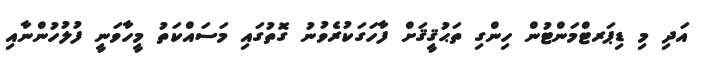
އަދި މި ޑިޕަރޓްމަންޓުން ހިންގި ތަޙުޤީޤަށް ފާހަގަކުރެވުނު ގޮތުގައި މަސައްކަތު މީހާވަނީ ފުލުހުންނާއި